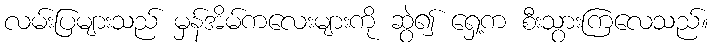
လမ်းပြများသည် မှန်အိမ်ကလေးများကို ဆွဲ၍ ရှေ့က စီးသွားကြလေသည်။